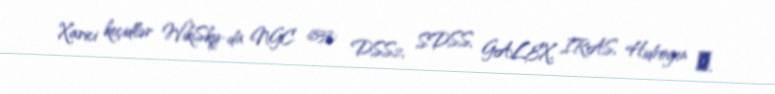
Xarici keçidlər WikiSky-da NGC 6533: DSS2, SDSS, GALEX, IRAS, Hidrogen α,